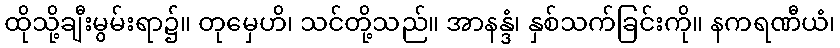
ထိုသို့ချီးမွမ်းရာ၌။ တုမှေဟိ၊ သင်တို့သည်။ အာနန္ဒံ၊ နှစ်သက်ခြင်းကို။ နကရဏီယံ၊